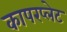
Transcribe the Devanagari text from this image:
कापरप्लेट